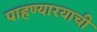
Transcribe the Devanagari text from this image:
पाहण्यारयाची